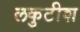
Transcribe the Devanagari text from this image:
लकुटीश